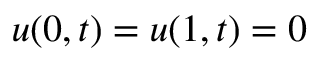
u ( 0 , t ) = u ( 1 , t ) = 0